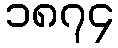
၁၈၇၄